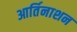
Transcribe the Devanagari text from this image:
आर्तिनाशन